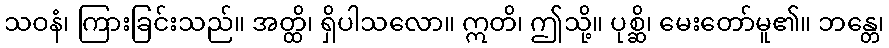
သဝနံ၊ ကြားခြင်းသည်။ အတ္ထိ၊ ရှိပါသလော။ ဣတိ၊ ဤသို့။ ပုစ္ဆိ၊ မေးတော်မူ၏။ ဘန္တေ၊